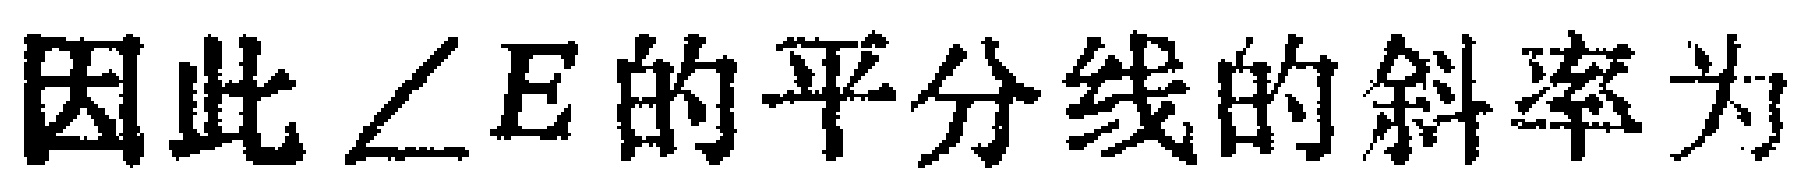
因此$\angle E$的平分线的斜率为